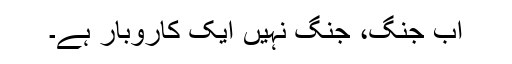
اب جنگ، جنگ نہیں ایک کاروبار ہے۔